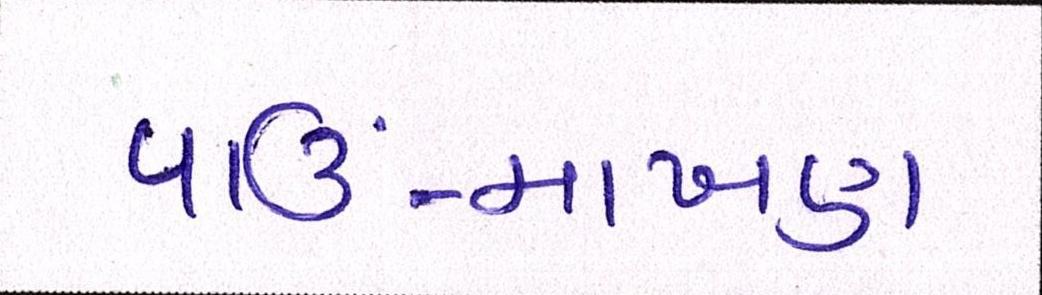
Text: પાઉં-માખણ